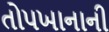
તોપખાનાની